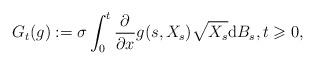
LaTeX: \begin{align*}G_{t}(g):=\sigma\int_{0}^{t}\frac{\partial}{\partial x}g(s,X_{s})\sqrt{X_{s}}\mathrm{d}B_{s},t\geqslant0,\end{align*}